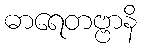
ဓာရေတဗ္ဗာနိ